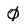
Character: 0